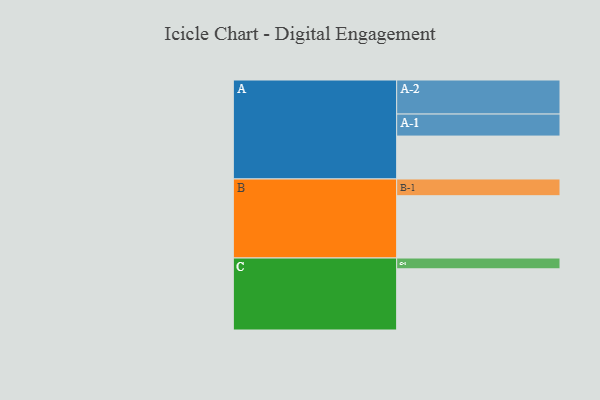
{"axis": {"x": "Segment", "y": "Value"}, "legend": ["", "A", "B", "C"], "data": [{"x": "A", "y": 310, "type": ""}, {"x": "B", "y": 450, "type": ""}, {"x": "C", "y": 442, "type": ""}, {"x": "A-1", "y": 159, "type": "A"}, {"x": "A-2", "y": 246, "type": "A"}, {"x": "B-1", "y": 121, "type": "B"}, {"x": "C-1", "y": 78, "type": "C"}]}